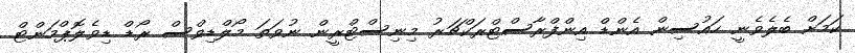
ކަމަށް ބެލެވެނީ ހައުސިން އެންޑް އިންފްރާސްޓްރަކްޗަރު މިނިސްޓްރީން ނުވަތަ މޯލްޑިވްސް ރޯޑް ޑިވެލޮޕްމަންޓް